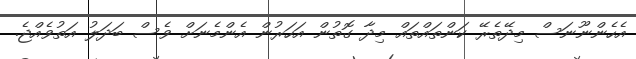
އެހެންނޫނަސް މިދޭތެރޭ ކަންތައްތައް މިދާ ގޮތުން އަހަރުން އެންމެނަށް ވެސް ބަދަލު އަތުވެއްޖެ.